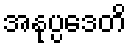
အနုပ္ပဒေတိ